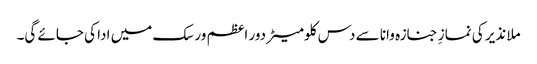
ملا نذیر کی نمازِ جنازہ وانا سے دس کلومیٹر دور اعظم ورسک میں ادا کی جائے گی۔